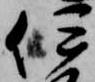
伊